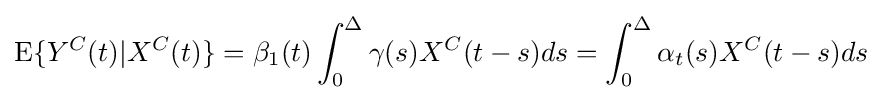
\mathrm {E} \{Y^{C}(t)|X^{C}(t)\}=\beta _{1}(t)\int _{0}^{\Delta }\gamma (s)X^{C}(t-s)ds=\int _{0}^{\Delta }\alpha _{t}(s)X^{C}(t-s)ds